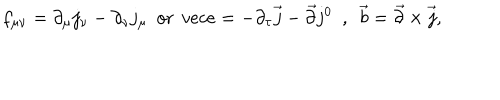
LaTeX: f _ { \mu \nu } = \partial _ { \mu } j _ { \nu } - \partial _ { \nu } j _ { \mu } \ \ \mathrm { o r } \ \, v e c { e } = - \partial _ { \tau } \vec { j } - \vec { \partial } j ^ { 0 } \ \ , \ \ \vec { b } = \vec { \partial } \times \vec { j } ,